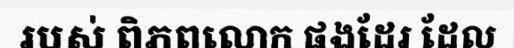
របស់ ពិភពលោក ផងដែរ ដែល